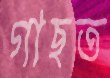
গাছত